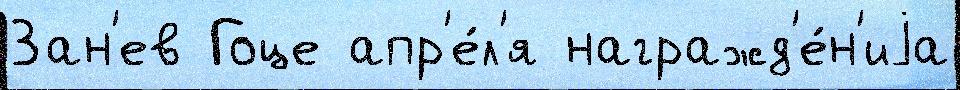
Зан'ев Гоце апр'е́л'я награжд'е́н'иjа